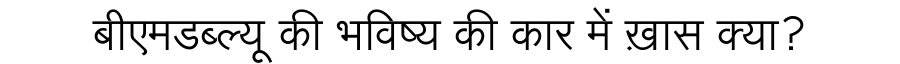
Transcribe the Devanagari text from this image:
बीएमडब्ल्यू की भविष्य की कार में ख़ास क्या?